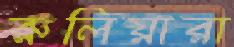
রুলিয়ারা